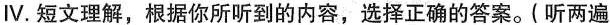
Ⅳ.短文理解,根据你所听到的内容,选择正确的答案.( 听两遍